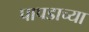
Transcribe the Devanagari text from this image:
पापडाच्या